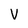
Character: v